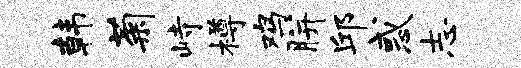
韩菊峙樽鸡胼邱惑志